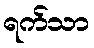
ရက်သာ